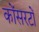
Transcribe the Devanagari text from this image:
कोंसरटों